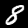
Label: 8